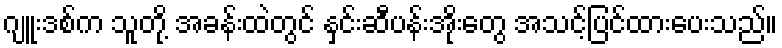
ဂျူးဒစ်က သူတို့ အခန်းထဲတွင် နှင်းဆီပန်းအိုးတွေ အသင့်ပြင်ထားပေးသည်။